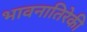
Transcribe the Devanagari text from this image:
भावनातिरेकी